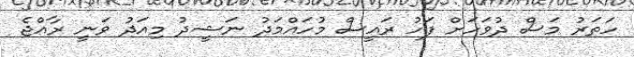
ހަތަރު މަސް ދުވަހަށް ފަހު ރައީސް މުހައްމަދު ނަޝީދު މިއަދު ވަނީ ރާއްޖެ